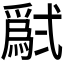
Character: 𱎗